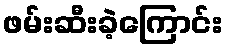
ဖမ်းဆီးခဲ့ကြောင်း